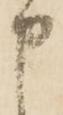
申